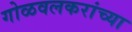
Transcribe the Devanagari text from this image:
गोळवलकरांच्या